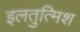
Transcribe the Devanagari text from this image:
इलतुत्मिश